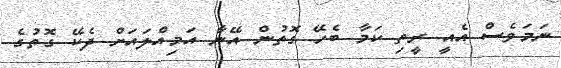
ނަަމަވެސް އެއީ ރީތި ކަމާ ބެހޭ ގޮތުން އޭނާ އަމިއްލައަށް ދެކޭ ގޮތުގެ